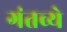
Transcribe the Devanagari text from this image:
गंतव्ये